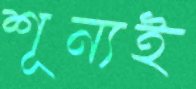
শূন্যই